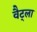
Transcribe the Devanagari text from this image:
वैट्ला